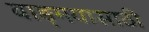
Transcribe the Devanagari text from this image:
वाङ्‌मयासाठी